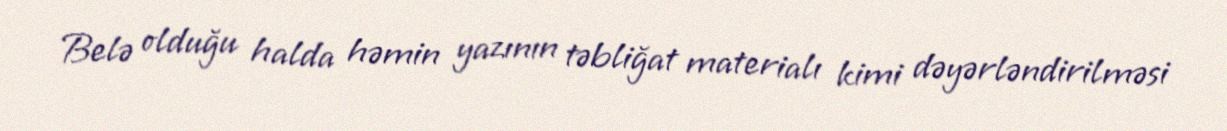
Belə olduğu halda həmin yazının təbliğat materialı kimi dəyərləndirilməsi